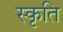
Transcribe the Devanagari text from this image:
स्कृति